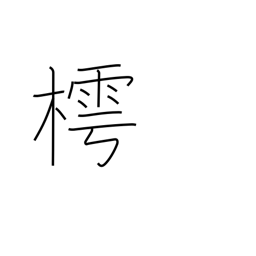
Meaning: Japanese bead tree